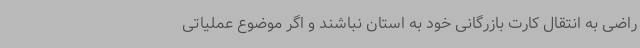
راضی به انتقال کارت بازرگانی خود به استان نباشند و اگر موضوع عملیاتی